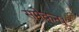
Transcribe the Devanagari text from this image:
समेकन।